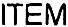
ITEM